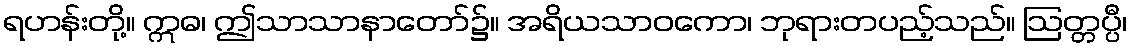
ရဟန်းတို့။ ဣဓ၊ ဤသာသာနာတော်၌။ အရိယသာဝကော၊ ဘုရားတပည့်သည်။ ဩတ္တပ္ပီ၊